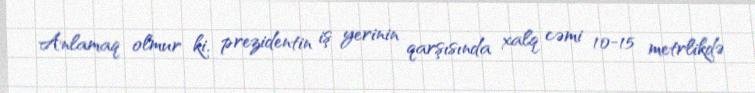
Anlamaq olmur ki, prezidentin iş yerinin qarşısında xalq cəmi 10-15 metrlikdə